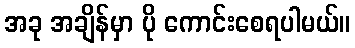
အခု အချိန်မှာ ပို ကောင်းစေရပါမယ်။